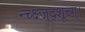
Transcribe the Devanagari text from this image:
न्च्क्ष्ज्द्शूच्ग्।